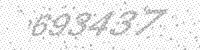
Solution: 693437